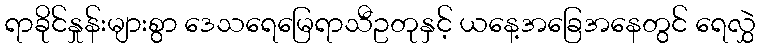
ရာခိုင်နှုန်းများစွာ ဒေသရေမြေရာသီဥတုနှင့် ယနေ့အခြေအနေတွင် ရေလွှဲ